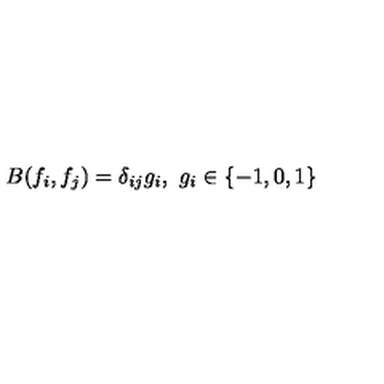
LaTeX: B ( f _ { i } , f _ { j } ) = \delta _ { i j } g _ { i } , \ g _ { i } \in \{ - 1 , 0 , 1 \}